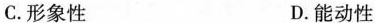
C.形象性 D.能动性